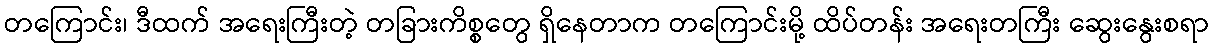
တကြောင်း၊ ဒီထက် အရေးကြီးတဲ့ တခြားကိစ္စတွေ ရှိနေတာက တကြောင်းမို့ ထိပ်တန်း အရေးတကြီး ဆွေးနွေးစရာ